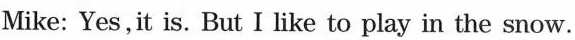
Mike: Yes,it is. But I like to play in the snow.